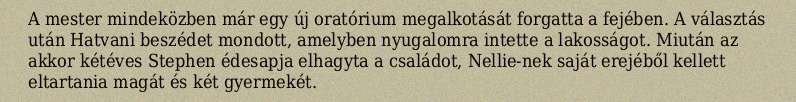
A mester mindeközben már egy új oratórium megalkotását forgatta a fejében. A választás után Hatvani beszédet mondott, amelyben nyugalomra intette a lakosságot. Miután az akkor kétéves Stephen édesapja elhagyta a családot, Nellie-nek saját erejéből kellett eltartania magát és két gyermekét.